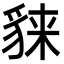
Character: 𧳕